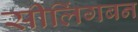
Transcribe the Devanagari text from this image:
सीलिंगबन